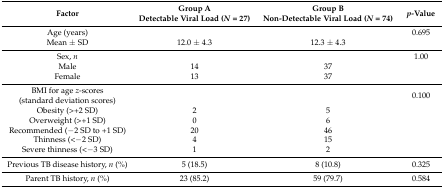
<table><thead><tr><td><b>Factor</b></td><td><b>Group ADetectable Viral Load (<i>N</i> = 27)</b></td><td><b>Group BNon-Detectable Viral Load (<i>N</i> = 74)</b></td><td><b><i>p</i>-Value</b></td></tr></thead><tbody><tr><td>Age (years)</td><td></td><td></td><td>0.695</td></tr><tr><td>Mean ± SD</td><td>12.0 ± 4.3</td><td>12.3 ± 4.3</td><td></td></tr><tr><td>Sex, <i>n</i></td><td></td><td></td><td>1.00</td></tr><tr><td>Male</td><td>14</td><td>37</td><td></td></tr><tr><td>Female</td><td>13</td><td>37</td><td></td></tr><tr><td>BMI for age <i>z</i>-scores(standard deviation scores)</td><td></td><td></td><td>0.100</td></tr><tr><td>Obesity (&gt;+2 SD)</td><td>2</td><td>5</td><td></td></tr><tr><td>Overweight (&gt;+1 SD)</td><td>0</td><td>6</td><td></td></tr><tr><td>Recommended (−2 SD to +1 SD)</td><td>20</td><td>46</td><td></td></tr><tr><td>Thinness (&lt;−2 SD)</td><td>4</td><td>15</td><td></td></tr><tr><td>Severe thinness (&lt;−3 SD)</td><td>1</td><td>2</td><td></td></tr><tr><td>Previous TB disease history, <i>n</i> (%)</td><td>5 (18.5)</td><td>8 (10.8)</td><td>0.325</td></tr><tr><td>Parent TB history, <i>n</i> (%)</td><td>23 (85.2)</td><td>59 (79.7)</td><td>0.584</td></tr></tbody></table>